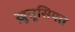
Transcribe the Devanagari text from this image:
खु़सूसियत